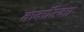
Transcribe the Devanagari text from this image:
कर्कोटका